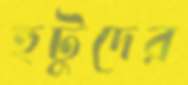
হুটুদের